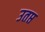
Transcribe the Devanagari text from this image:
उतप्त